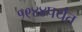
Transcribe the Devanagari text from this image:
१९४४पर्यंत